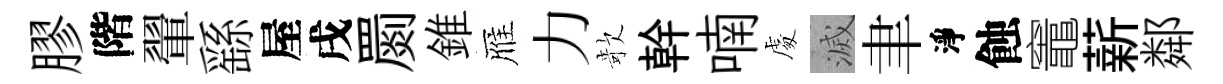
膠階翬繇屋戌罽錐雁力欹幹喃䖏滅聿淨蝕竈薪鄰